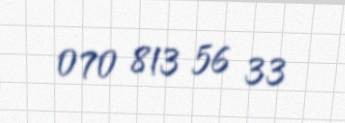
070 813 56 33